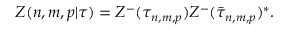
Z ( n , m , p | \tau ) = Z ^ { - } ( \tau _ { n , m , p } ) Z ^ { - } ( \bar { \tau } _ { n , m , p } ) ^ { * } .